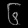
Digit: ၆